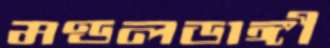
মণ্ডলডাঙ্গী